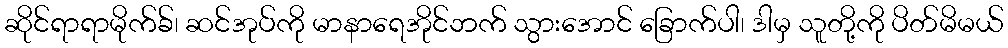
ဆိုင်ရာရာမိုက်ခ်၊ ဆင်အုပ်ကို မာနာရေအိုင်ဘက် သွားအောင် ခြောက်ပါ၊ ဒါမှ သူတို့ကို ပိတ်မိမယ်